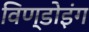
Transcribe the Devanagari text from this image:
विण्डोइंग